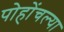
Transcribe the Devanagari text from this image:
पोहोंचल्या